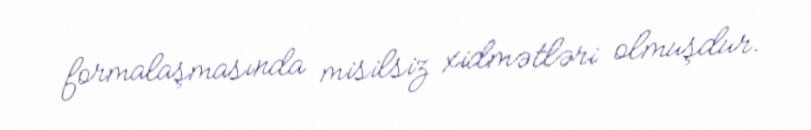
formalaşmasında misilsiz xidmətləri olmuşdur.